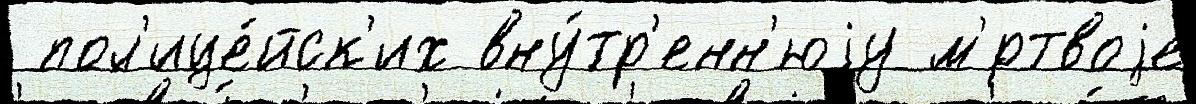
 пол'ице́йск'их вну́тр'енн'юjу м'́ртвоjе